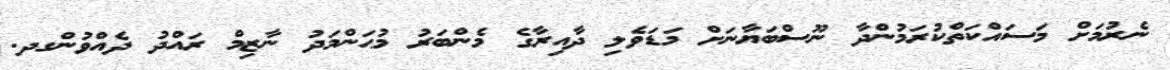
ނެރުމަށް މަސައްކަތްކުރަމުންދާ ނޫސްބަޔާނަށް މަޑަވެލި ދާއިރާގެ މެންބަރު މުޙަންމަދު ނާޒިމް ރައްދު ދެއްވުންގދ.